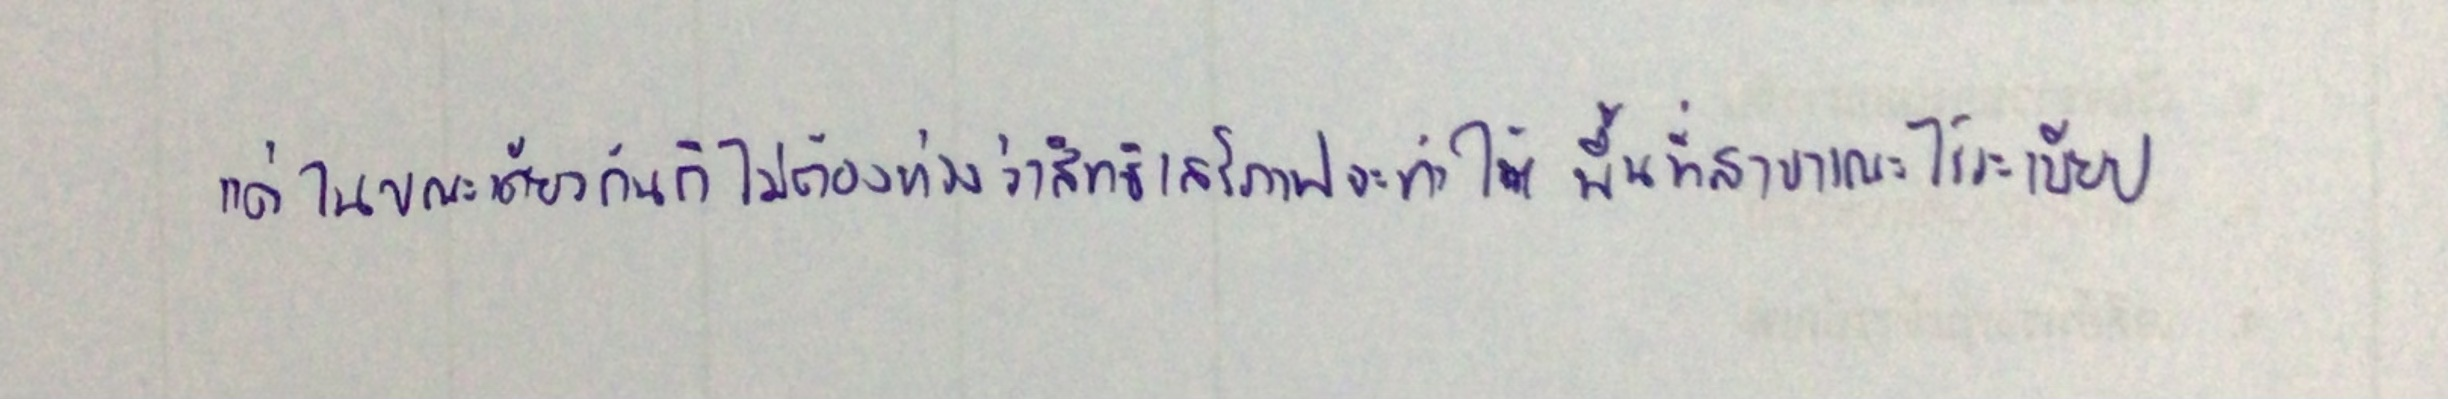
แต่ในขณะเดียวกันก็ไม่ต้องห่วงว่าสิทธิเสรีภาพจะทำให้พื้นที่สาธารณะไร้ระเบียบ